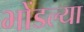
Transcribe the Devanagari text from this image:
भोंडल्या